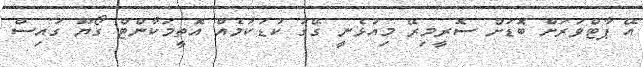
އޭ ޕާޓްވަރަށް ބޮޑަށް ސޮރީމިރޭ މިއުޅެނީ ގޭގަ ކުޑަކަމެއް އޮތީމަކާންޓް ގޯޔޫ ގައިސް